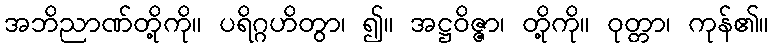
အဘိညာဏ်တို့ကို။ ပရိဂ္ဂဟိတွာ၊ ၍။ အဋ္ဌဝိဇ္ဇာ၊ တို့ကို။ ဝုတ္တာ၊ ကုန်၏။